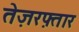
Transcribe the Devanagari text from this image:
तेज़रफ़्तार